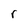
Character: r